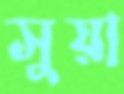
সুয়া